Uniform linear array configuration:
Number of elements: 4
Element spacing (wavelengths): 0.5
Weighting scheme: uniform
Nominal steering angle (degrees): -60
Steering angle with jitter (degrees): -61.703
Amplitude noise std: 0.05
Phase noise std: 0.05

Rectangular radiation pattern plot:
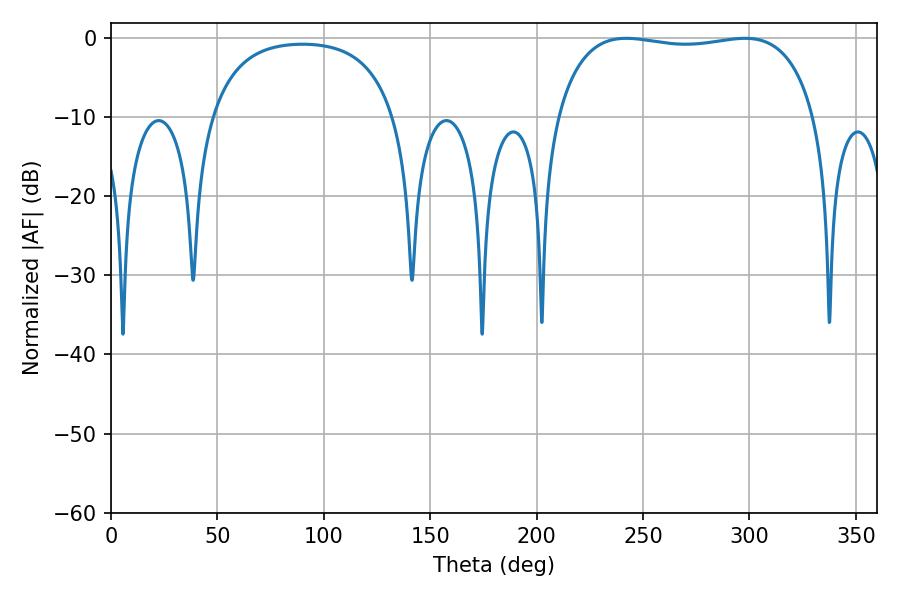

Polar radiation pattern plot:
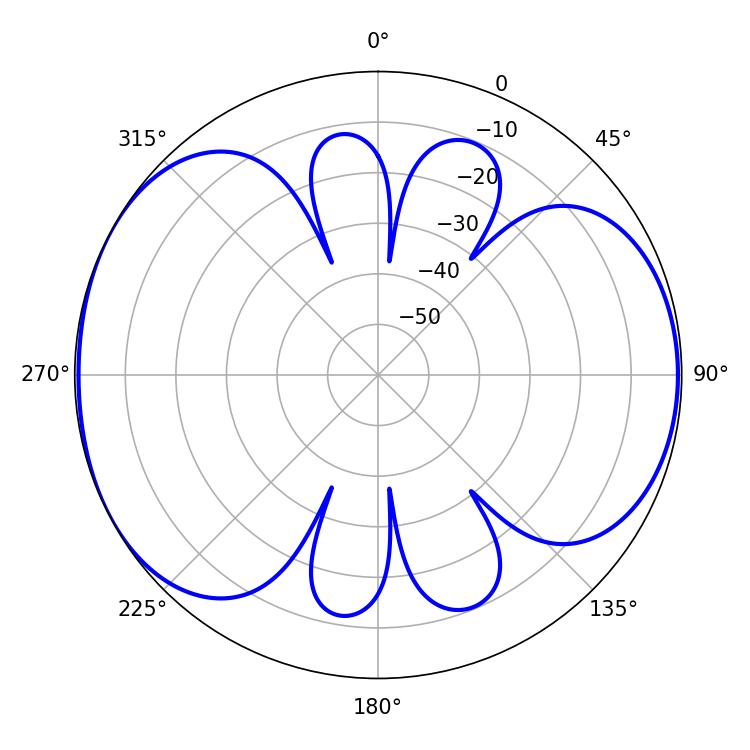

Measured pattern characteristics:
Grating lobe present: FALSE
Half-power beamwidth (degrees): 97.92
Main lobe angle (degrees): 242.1